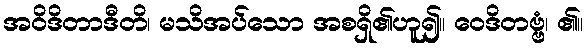
အဝိဒိတာဒီတိ၊ မသိအပ်သော အစရှိ၏ဟူ၍။ ဝေဒိတဗ္ဗံ၊ ၏။